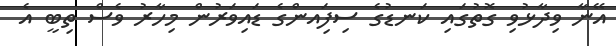
އޭނާ ވިދާޅުވި ގޮތުގައި ކަނޑުގެ ސިފަިއންގެ ޑައިވަރުން މިހާރު ވެސް ތިބީ އެ